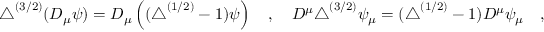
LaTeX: \triangle ^ { ( 3 / 2 ) } ( D _ { \mu } \psi ) = D _ { \mu } \left( ( \triangle ^ { ( 1 / 2 ) } - 1 ) \psi \right) ~ ~ ~ , ~ ~ ~ D ^ { \mu } \triangle ^ { ( 3 / 2 ) } \psi _ { \mu } = ( \triangle ^ { ( 1 / 2 ) } - 1 ) D ^ { \mu } \psi _ { \mu } ~ ~ ~ ,